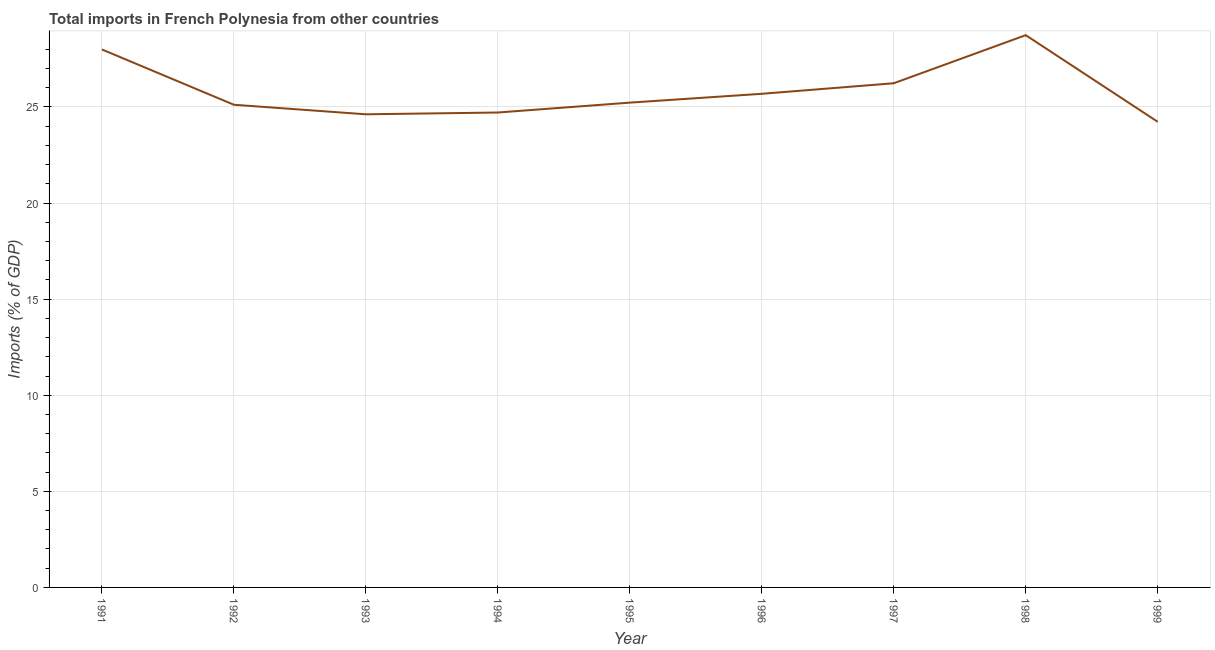
| Year | Imports |
 | --- | --- |
 | 1991 | 28 |
 | 1992 | 25.1 |
 | 1993 | 24.6 |
 | 1994 | 24.7 |
 | 1995 | 25.2 |
 | 1996 | 25.7 |
 | 1997 | 26.2 |
 | 1998 | 28.7 |
 | 1999 | 24.2 |